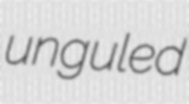
unguled